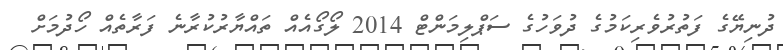
ދުނިޔޭގެ ފަތުރުވެރިކަމުގެ ދުވަހުގެ ސަޕްލިމަންޓް 2014 ލޯގޯއެއް ތައްޔާރުކުރާނެ ފަރާތެއް ހޯދުމަށް